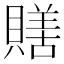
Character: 𧷶